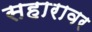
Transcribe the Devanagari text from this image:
सहारावर